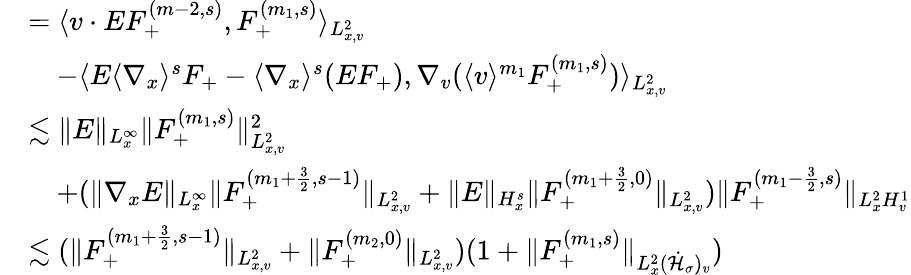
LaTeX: \begin{array}{rl}&{=\langle v\cdot EF_{+}^{(m-2,s)},F_{+}^{(m_{1},s)}\rangle_{L_{x,v}^{2}}}\\ &{\quad-\langle E\langle\nabla_{x}\rangle^{s}F_{+}-\langle\nabla_{x}\rangle^{s}(EF_{+}),\nabla_{v}(\langle v\rangle^{m_{1}}F_{+}^{(m_{1},s)})\rangle_{L_{x,v}^{2}}}\\ &{\lesssim\| E\| _{L_{x}^{\infty}}\| F_{+}^{(m_{1},s)}\| _{L_{x,v}^{2}}^{2}}\\ &{\quad+(\| \nabla_{x}E\| _{L_{x}^{\infty}}\| F_{+}^{(m_{1}+\frac{3}{2},s-1)}\| _{L_{x,v}^{2}}+\| E\| _{H_{x}^{s}}\| F_{+}^{(m_{1}+\frac{3}{2},0)}\| _{L_{x,v}^{2}})\| F_{+}^{(m_{1}-\frac{3}{2},s)}\| _{L_{x}^{2}H_{v}^{1}}}\\ &{\lesssim(\| F_{+}^{(m_{1}+\frac{3}{2},s-1)}\| _{L_{x,v}^{2}}+\| F_{+}^{(m_{2},0)}\| _{L_{x,v}^{2}})(1+\| F_{+}^{(m_{1},s)}\| _{L_{x}^{2}(\dot{\mathcal H}_{\sigma})_{v}})}\end{array}